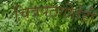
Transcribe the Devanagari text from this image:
चित्रपटगीतेही